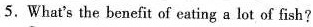
5.What's the benefit of eating a lot of fish?